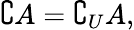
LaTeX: \complement A=\complement_{U}A,